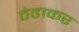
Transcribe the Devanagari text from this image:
ठंढाकर